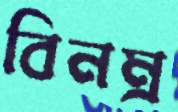
বিনম্র